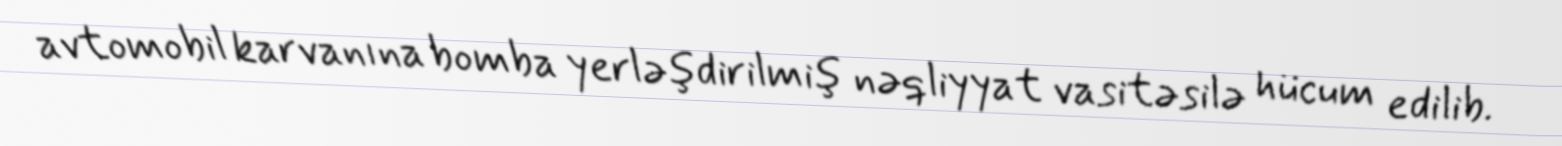
avtomobil karvanına bomba yerləşdirilmiş nəqliyyat vasitəsilə hücum edilib.